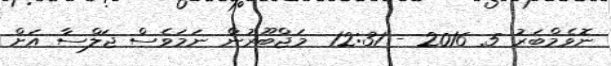
ނޮވެމްބަރު 5